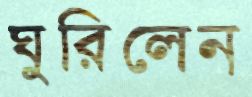
ঘুরিলেন